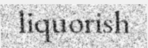
liquorish